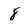
Character: 8